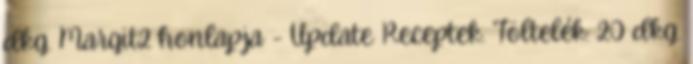
dkg. Margit2 honlapja - Update Receptek. Töltelék: 20 dkg.